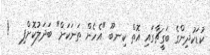
ކުޑަކުދިންގެ ބަގީޗާގައި އޮތް ކިނބޫ "އެހެން ތަނަކަށް" ބަދަލުކޮށްފި   !